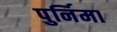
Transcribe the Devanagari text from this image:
पुर्निमा